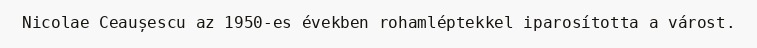
Nicolae Ceaușescu az 1950-es években rohamléptekkel iparosította a várost.